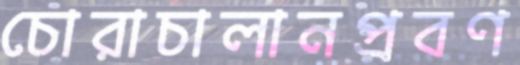
চোরাচালানপ্রবণ